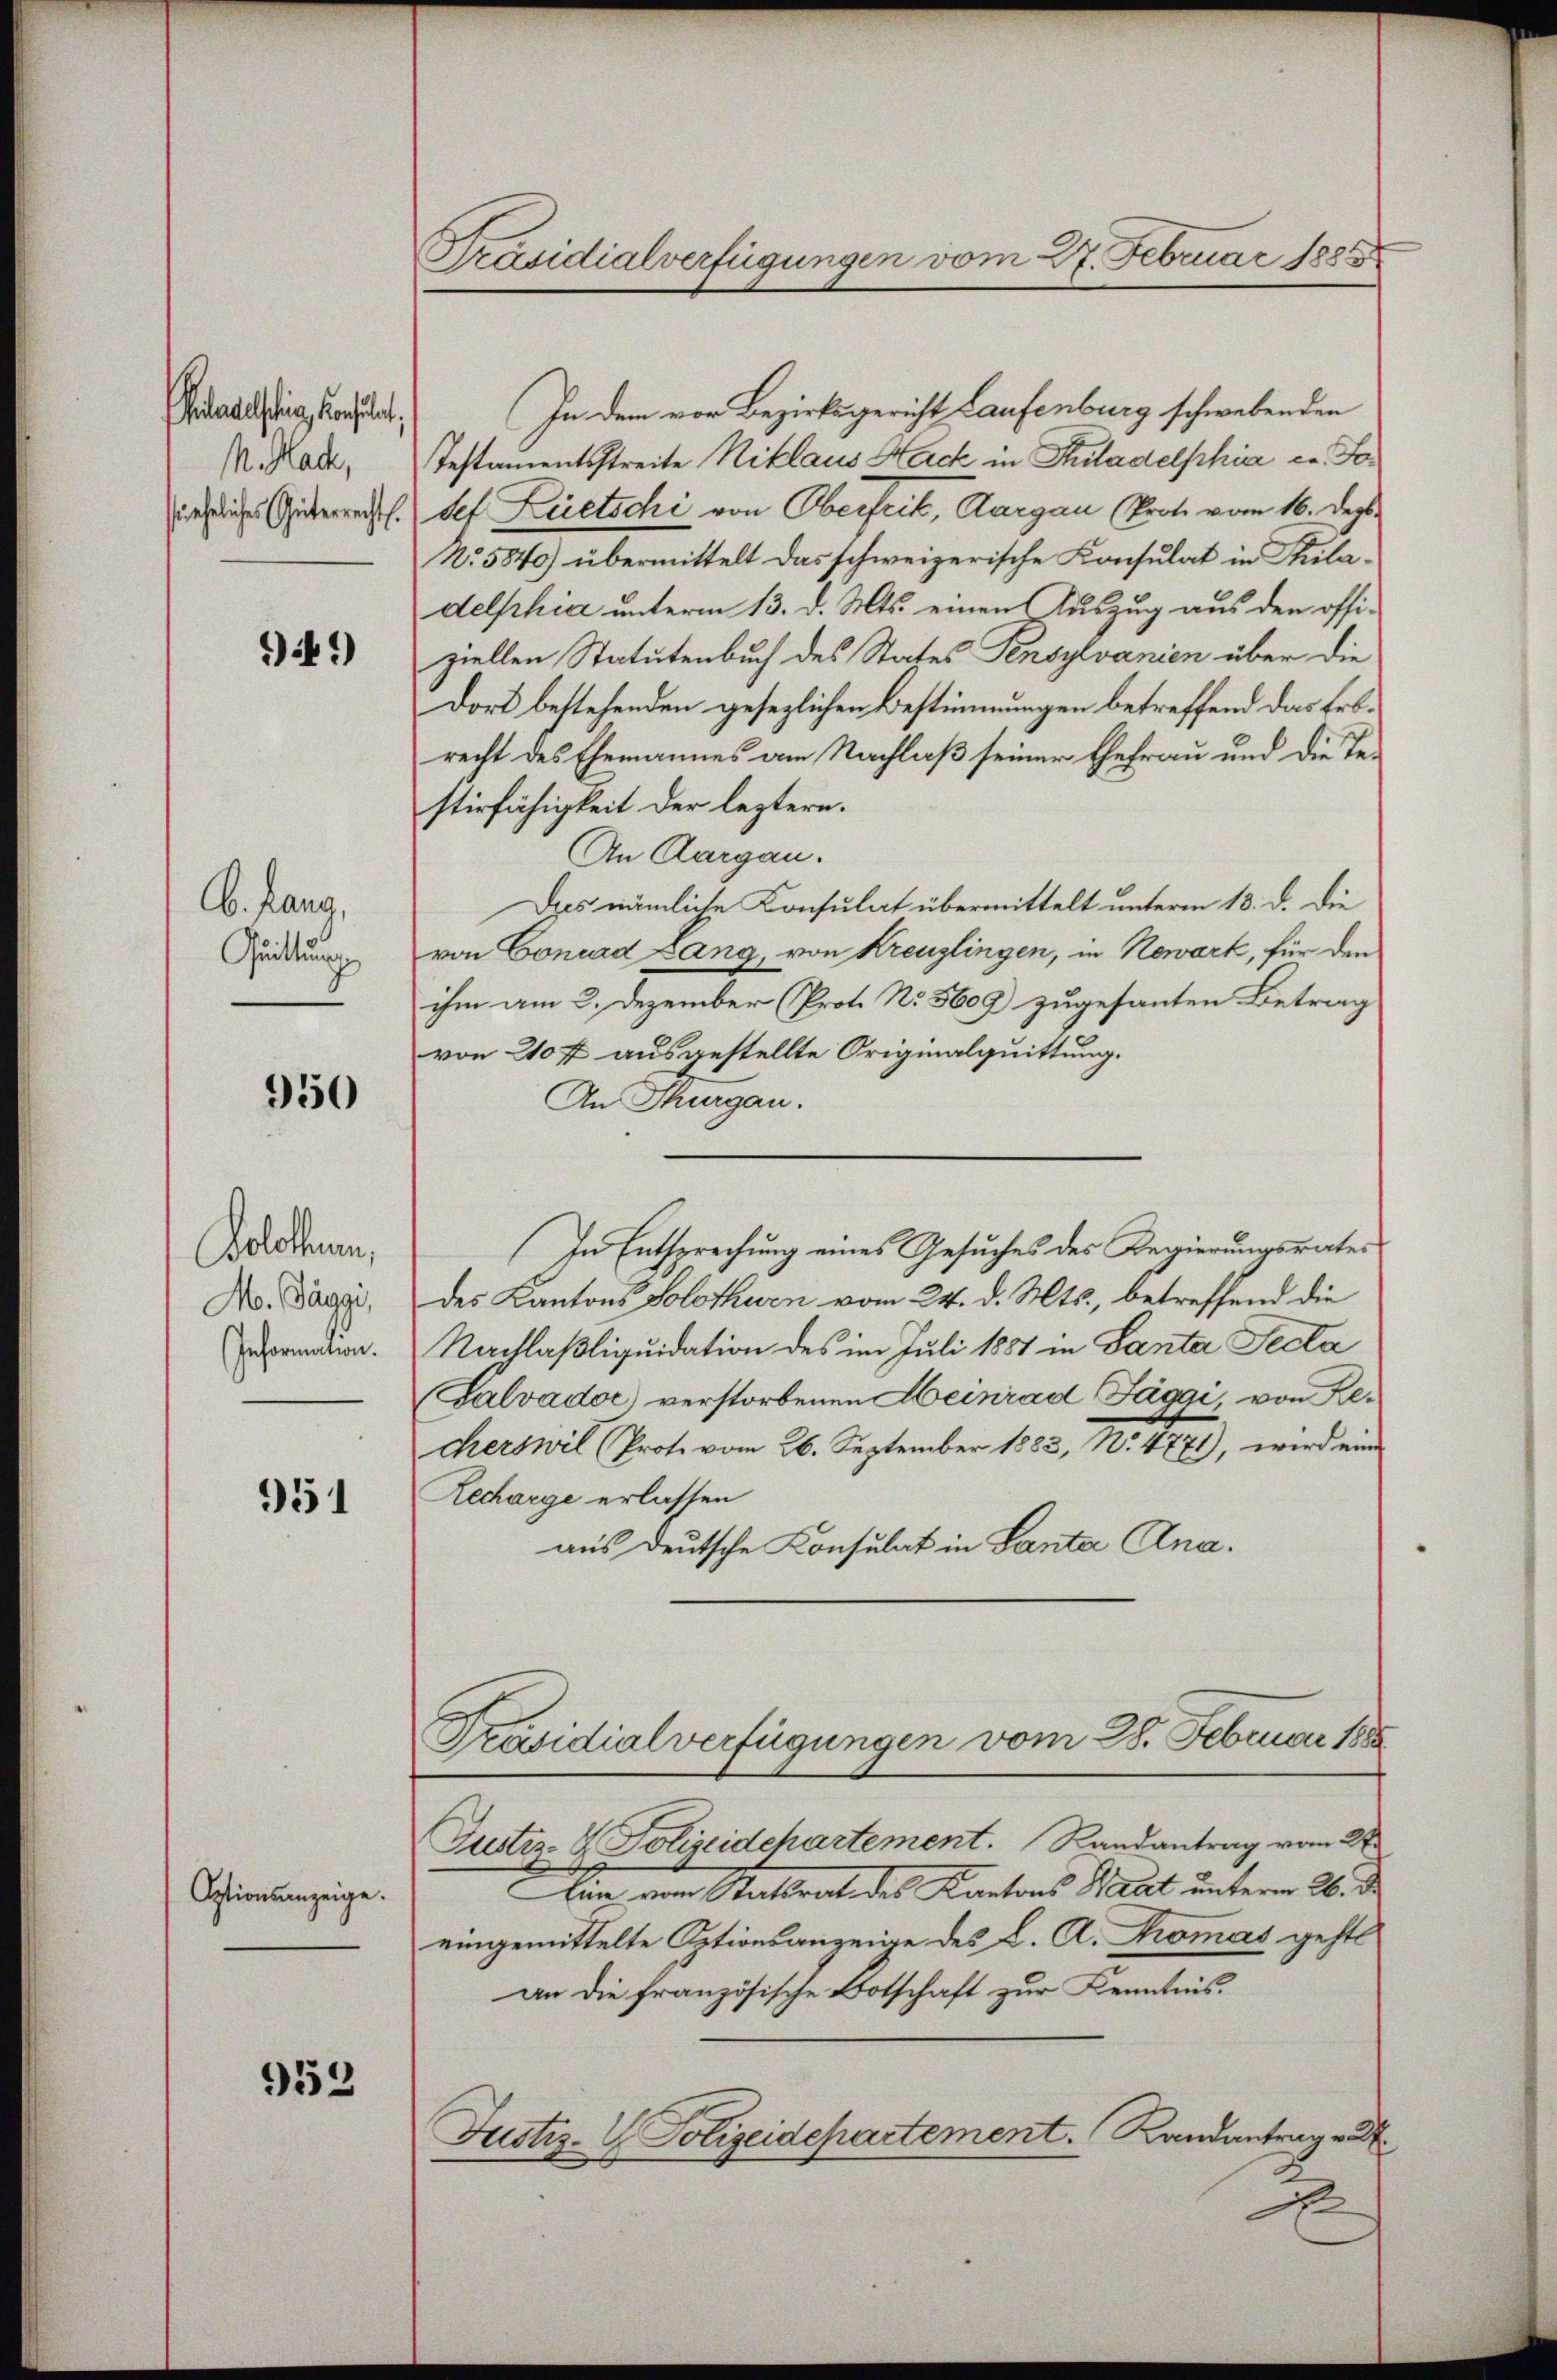
etelstieg, konsulat,
M. Mache,
si eheliches Güterrechts.

49)

C. Lang,
Quittung

950

Bolothurn,
M. Baggi,
Information.

951

Optionsanzeige.

952

Präsidialverfügungen vom 27. Februar 1888

In dem vor Bezirksgericht Laufenburg schwebenden
Testamentsstreite Niklaus Nack in Puladelphia c. Fasef Zietschi von Oberfrit, Aargau (Prote vom 16. Dezb.
No. 5840) übermittelt das schweizerische Konsulat in Stuladelphia unterm 13. d. Mts. einen Auszug aus den offiziellen Statutenbuch des States Pensylvanien über die
Dort bestehenden gesezlichen Bestimmungen betreffend das Erbrecht des Ehemannes am Nachlaß seiner Ehefrau und die Testirfähigkeit der leztern.
An Aargau.
Das nämliche Konsulat übermittelt unterm 18. d. die
von Conrad Lang, von Kreuzlingen, in Newart, für den
ihm am 2. Dezember (Prot. No. 5609) zugesanten Betrag
von 210 f ausgestellte Originalquittung.
An Thurgau.
In Entsprechung eines Gesuches des Regierungsrates
des Kantons Solothurn vom 24. d. Mts., betreffend die
Nachlaßliquidation des im Juli 1887 in Santer Secta
(Galvador verstorbenen Heinrad Fäggi, von Recherswil (Prote vom 26. September 1883, No. 4771), wird eine
Recharge erlassen
aus deutsche Konsulat in Lanta Ana¬
Präsidialverfügungen vom 28. Februar 188
Zustiz- & Polizeidchartement. Randantrag vom 2
Man von Stattrat des Kantons Staat unterm 26. d.
eingemittelte Optionsanzeige des L. A. Komas geht
an die französische Botschaft zur Kenntnis.
Justiz- & Polizeidepartement.   Randantrage
x